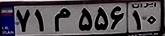
۷۱م۵۵۶۱۰